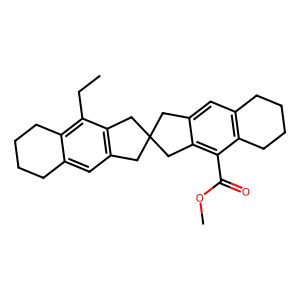
SMILES: CCc1c2c(cc3c1CC1(C3)Cc3cc4c(c(C(=O)OC)c3C1)CCCC4)CCCC2
Inhibits HIV replication: No